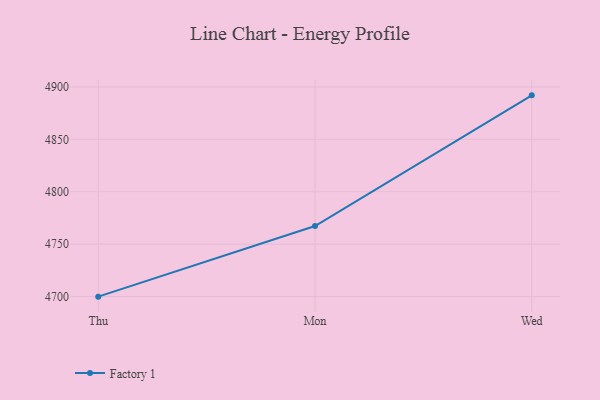
{"axis": {"x": "Day", "y": "Satisfaction Score"}, "legend": ["Factory 1"], "data": [{"x": "Thu", "y": 4699.9, "type": "Factory 1"}, {"x": "Mon", "y": 4767.3, "type": "Factory 1"}, {"x": "Wed", "y": 4892.0, "type": "Factory 1"}]}